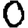
Digit: 0